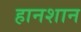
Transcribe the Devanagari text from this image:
हानशान